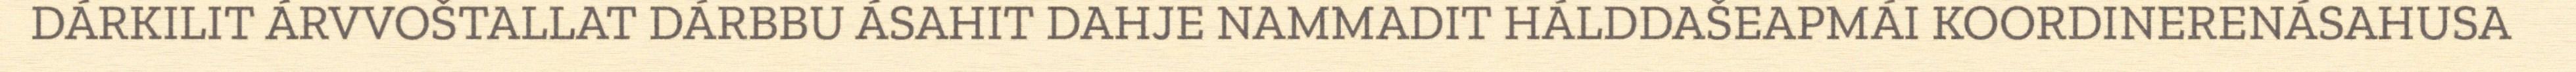
DÁRKILIT ÁRVVOŠTALLAT DÁRBBU ÁSAHIT DAHJE NAMMADIT HÁLDDAŠEAPMÁI KOORDINERENÁSAHUSA